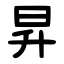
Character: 昇